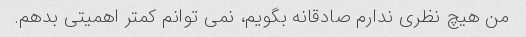
من هیچ نظری ندارم صادقانه بگویم، نمی توانم کمتر اهمیتی بدهم.